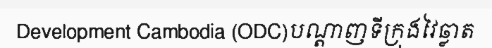
Development Cambodia (ODC)បណ្តាញទីក្រុងវៃឆ្លាត